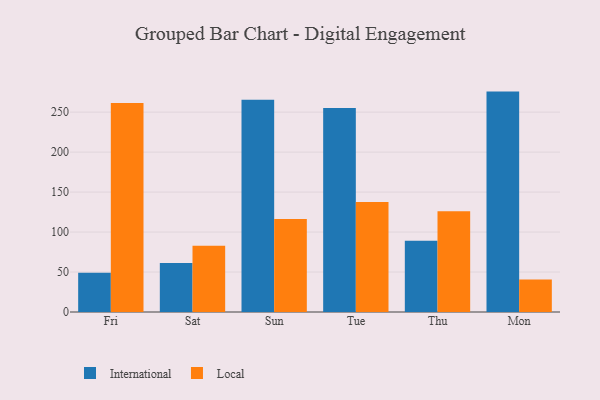
{"axis": {"x": "Day", "y": "Energy Usage (MWh)"}, "legend": ["International", "Local"], "data": [{"x": "Fri", "y": 49.2, "type": "International"}, {"x": "Fri", "y": 261.5, "type": "Local"}, {"x": "Sat", "y": 61.4, "type": "International"}, {"x": "Sat", "y": 83.0, "type": "Local"}, {"x": "Sun", "y": 265.5, "type": "International"}, {"x": "Sun", "y": 116.4, "type": "Local"}, {"x": "Tue", "y": 255.1, "type": "International"}, {"x": "Tue", "y": 137.5, "type": "Local"}, {"x": "Thu", "y": 89.0, "type": "International"}, {"x": "Thu", "y": 126.1, "type": "Local"}, {"x": "Mon", "y": 275.7, "type": "International"}, {"x": "Mon", "y": 40.5, "type": "Local"}]}